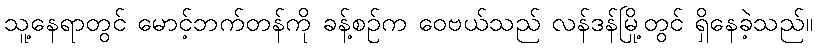
သူ့နေရာတွင် မောင့်ဘက်တန်ကို ခန့်စဉ်က ဝေဗယ်သည် လန်ဒန်မြို့တွင် ရှိနေခဲ့သည်။